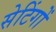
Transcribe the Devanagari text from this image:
सेटिंगों